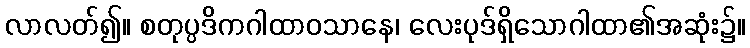
လာလတ်၍။ စတုပ္ပဒိကဂါထာဝသာနေ၊ လေးပုဒ်ရှိသောဂါထာ၏အဆုံး၌။